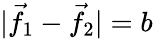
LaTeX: |{\vec{f}}_{1}-{\vec{f}}_{2}|=b